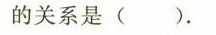
的关系是()。